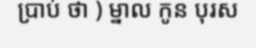
ប្រាប់ ថា ) ម្នាល កូន បុរស